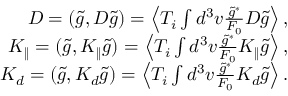
\begin{array} { r } { D = ( \tilde { g } , { \cal D } \tilde { g } ) = \left\langle T _ { i } \int d ^ { 3 } v \frac { \tilde { g } ^ { * } } { F _ { 0 } } { \cal D } \tilde { g } \right\rangle , } \\ { K _ { \| } = ( \tilde { g } , { \cal K } _ { \| } \tilde { g } ) = \left\langle T _ { i } \int d ^ { 3 } v \frac { \tilde { g } ^ { * } } { F _ { 0 } } { \cal K } _ { \| } \tilde { g } \right\rangle , } \\ { K _ { d } = ( \tilde { g } , { \cal K } _ { d } \tilde { g } ) = \left\langle T _ { i } \int d ^ { 3 } v \frac { \tilde { g } ^ { * } } { F _ { 0 } } { \cal K } _ { d } \tilde { g } \right\rangle . } \end{array}